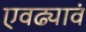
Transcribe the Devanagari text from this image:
एवढ्यावं